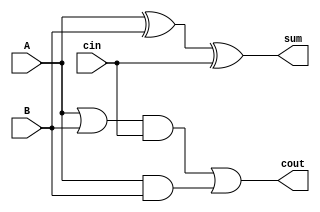
module FullAdder(A, B, cin, sum, cout);
  input A, B, cin;
  output sum, cout;
  
  assign sum = A^B^cin;
  assign cout = ((A|B)&cin) | (A&B);
  
endmodule